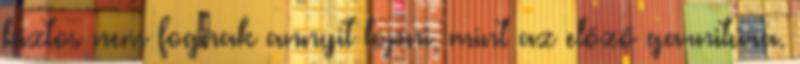
biztos nem fognak annyit lopni, mint az előző garnitúra.